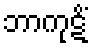
ဘာကုဋိံ